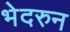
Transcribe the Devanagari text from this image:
भेदरुन